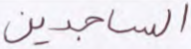
الساجدين